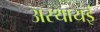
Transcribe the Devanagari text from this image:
अस्थायई